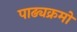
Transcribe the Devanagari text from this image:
पाढ्यक्रमों